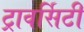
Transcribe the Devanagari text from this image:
ट्रावर्सिटी